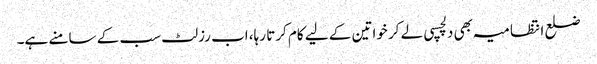
ضلع انتظامیہ بھی دلچسپی لے کر خواتین کے لیے کام کرتا رہا، اب رزلٹ سب کے سامنے ہے۔